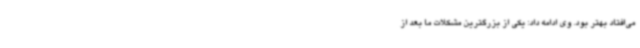
می‌افتاد بهتر بود. وی ادامه داد: یکی از بزرگترین مشکلات ما بعد از